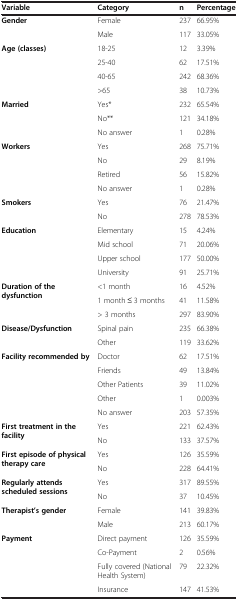
<table><thead><tr><td><b>Variable</b></td><td><b>Category</b></td><td><b>n</b></td><td><b>Percentage</b></td></tr></thead><tbody><tr><td rowspan="2"><b>Gender</b></td><td>Female</td><td>237</td><td>66.95%</td></tr><tr><td>Male</td><td>117</td><td>33.05%</td></tr><tr><td rowspan="4"><b>Age (classes)</b></td><td>18-25</td><td>12</td><td>3.39%</td></tr><tr><td>25-40</td><td>62</td><td>17.51%</td></tr><tr><td>40-65</td><td>242</td><td>68.36%</td></tr><tr><td>&gt;65</td><td>38</td><td>10.73%</td></tr><tr><td rowspan="3"><b>Married</b></td><td>Yes*</td><td>232</td><td>65.54%</td></tr><tr><td>No**</td><td>121</td><td>34.18%</td></tr><tr><td>No answer</td><td>1</td><td>0.28%</td></tr><tr><td rowspan="4"><b>Workers</b></td><td>Yes</td><td>268</td><td>75.71%</td></tr><tr><td>No</td><td>29</td><td>8.19%</td></tr><tr><td>Retired</td><td>56</td><td>15.82%</td></tr><tr><td>No answer</td><td>1</td><td>0.28%</td></tr><tr><td rowspan="2"><b>Smokers</b></td><td>Yes</td><td>76</td><td>21.47%</td></tr><tr><td>No</td><td>278</td><td>78.53%</td></tr><tr><td rowspan="4"><b>Education</b></td><td>Elementary</td><td>15</td><td>4.24%</td></tr><tr><td>Mid school</td><td>71</td><td>20.06%</td></tr><tr><td>Upper school</td><td>177</td><td>50.00%</td></tr><tr><td>University</td><td>91</td><td>25.71%</td></tr><tr><td rowspan="3"><b>Duration of the dysfunction</b></td><td>&lt;1 month</td><td>16</td><td>4.52%</td></tr><tr><td>1 month ≤ 3 months</td><td>41</td><td>11.58%</td></tr><tr><td>&gt; 3 months</td><td>297</td><td>83.90%</td></tr><tr><td rowspan="2"><b>Disease/Dysfunction</b></td><td>Spinal pain</td><td>235</td><td>66.38%</td></tr><tr><td>Other</td><td>119</td><td>33.62%</td></tr><tr><td rowspan="5"><b>Facility recommended by</b></td><td>Doctor</td><td>62</td><td>17.51%</td></tr><tr><td>Friends</td><td>49</td><td>13.84%</td></tr><tr><td>Other Patients</td><td>39</td><td>11.02%</td></tr><tr><td>Other</td><td>1</td><td>0.003%</td></tr><tr><td>No answer</td><td>203</td><td>57.35%</td></tr><tr><td rowspan="2"><b>First treatment in the facility</b></td><td>Yes</td><td>221</td><td>62.43%</td></tr><tr><td>No</td><td>133</td><td>37.57%</td></tr><tr><td rowspan="2"><b>First episode of physical therapy care</b></td><td>Yes</td><td>126</td><td>35.59%</td></tr><tr><td>No</td><td>228</td><td>64.41%</td></tr><tr><td rowspan="2"><b>Regularly attends scheduled sessions</b></td><td>Yes</td><td>317</td><td>89.55%</td></tr><tr><td>No</td><td>37</td><td>10.45%</td></tr><tr><td rowspan="2"><b>Therapist’s gender</b></td><td>Female</td><td>141</td><td>39.83%</td></tr><tr><td>Male</td><td>213</td><td>60.17%</td></tr><tr><td rowspan="4"><b>Payment</b></td><td>Direct payment</td><td>126</td><td>35.59%</td></tr><tr><td>Co-Payment</td><td>2</td><td>0.56%</td></tr><tr><td>Fully covered (National Health System)</td><td>79</td><td>22.32%</td></tr><tr><td>Insurance</td><td>147</td><td>41.53%</td></tr></tbody></table>